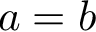
a = b